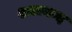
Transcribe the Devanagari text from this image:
शतानन्द